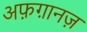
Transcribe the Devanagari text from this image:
अफ़ग़ानज़